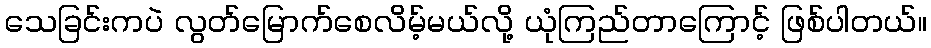
သေခြင်းကပဲ လွတ်မြောက်စေလိမ့်မယ်လို့ ယုံကြည်တာကြောင့် ဖြစ်ပါတယ်။